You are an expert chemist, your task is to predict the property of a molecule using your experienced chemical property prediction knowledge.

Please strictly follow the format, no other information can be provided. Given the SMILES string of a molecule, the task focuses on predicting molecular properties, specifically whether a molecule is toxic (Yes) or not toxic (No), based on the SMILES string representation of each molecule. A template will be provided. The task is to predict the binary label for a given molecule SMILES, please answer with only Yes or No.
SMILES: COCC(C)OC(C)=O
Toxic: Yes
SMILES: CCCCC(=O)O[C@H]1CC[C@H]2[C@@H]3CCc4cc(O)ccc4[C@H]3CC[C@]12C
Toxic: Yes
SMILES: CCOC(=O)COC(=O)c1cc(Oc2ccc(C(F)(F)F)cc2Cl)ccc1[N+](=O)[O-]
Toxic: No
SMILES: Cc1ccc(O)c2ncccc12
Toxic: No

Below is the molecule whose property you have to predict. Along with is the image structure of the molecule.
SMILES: CO[Si](CCCNc1ccccc1)(OC)OC
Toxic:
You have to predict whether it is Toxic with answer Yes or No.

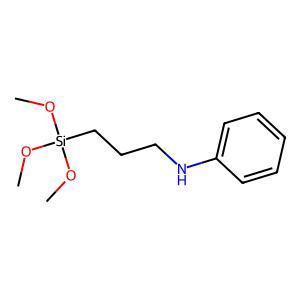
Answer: No